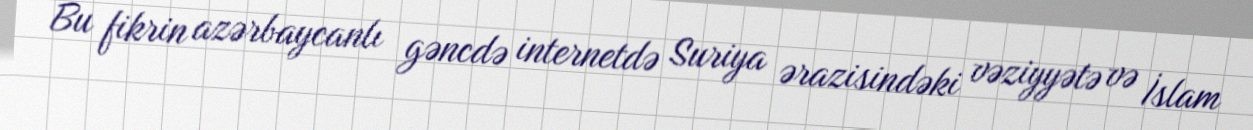
Bu fikrin azərbaycanlı gəncdə internetdə Suriya ərazisindəki vəziyyətə və İslam